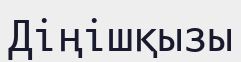
Діңішқызы